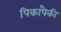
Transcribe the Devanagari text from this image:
पिकांपैकी